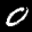
Label: 0